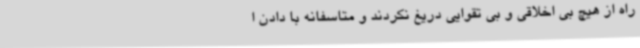
راه از هیچ بی اخلاقی و بی تقوایی دریغ نکردند و متاسفانه با دادن ا